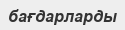
бағдарларды